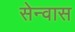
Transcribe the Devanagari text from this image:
सेन्वास